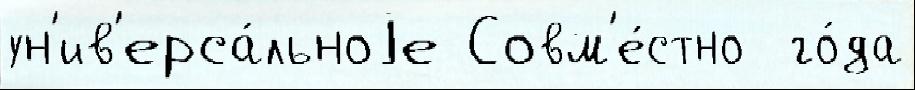
ун'ив'ерса́льноjе Совм'е́стно  го́да